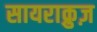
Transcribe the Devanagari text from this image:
सायराक्रुज़